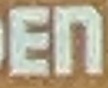
EN